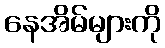
နေအိမ်များကို